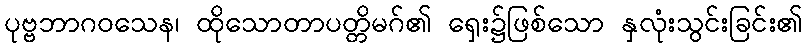
ပုဗ္ဗဘာဂဝသေန၊ ထိုသောတာပတ္တိမဂ်၏ ရှေး၌ဖြစ်သော နှလုံးသွင်းခြင်း၏